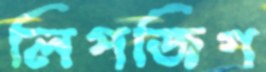
লিপজিগ